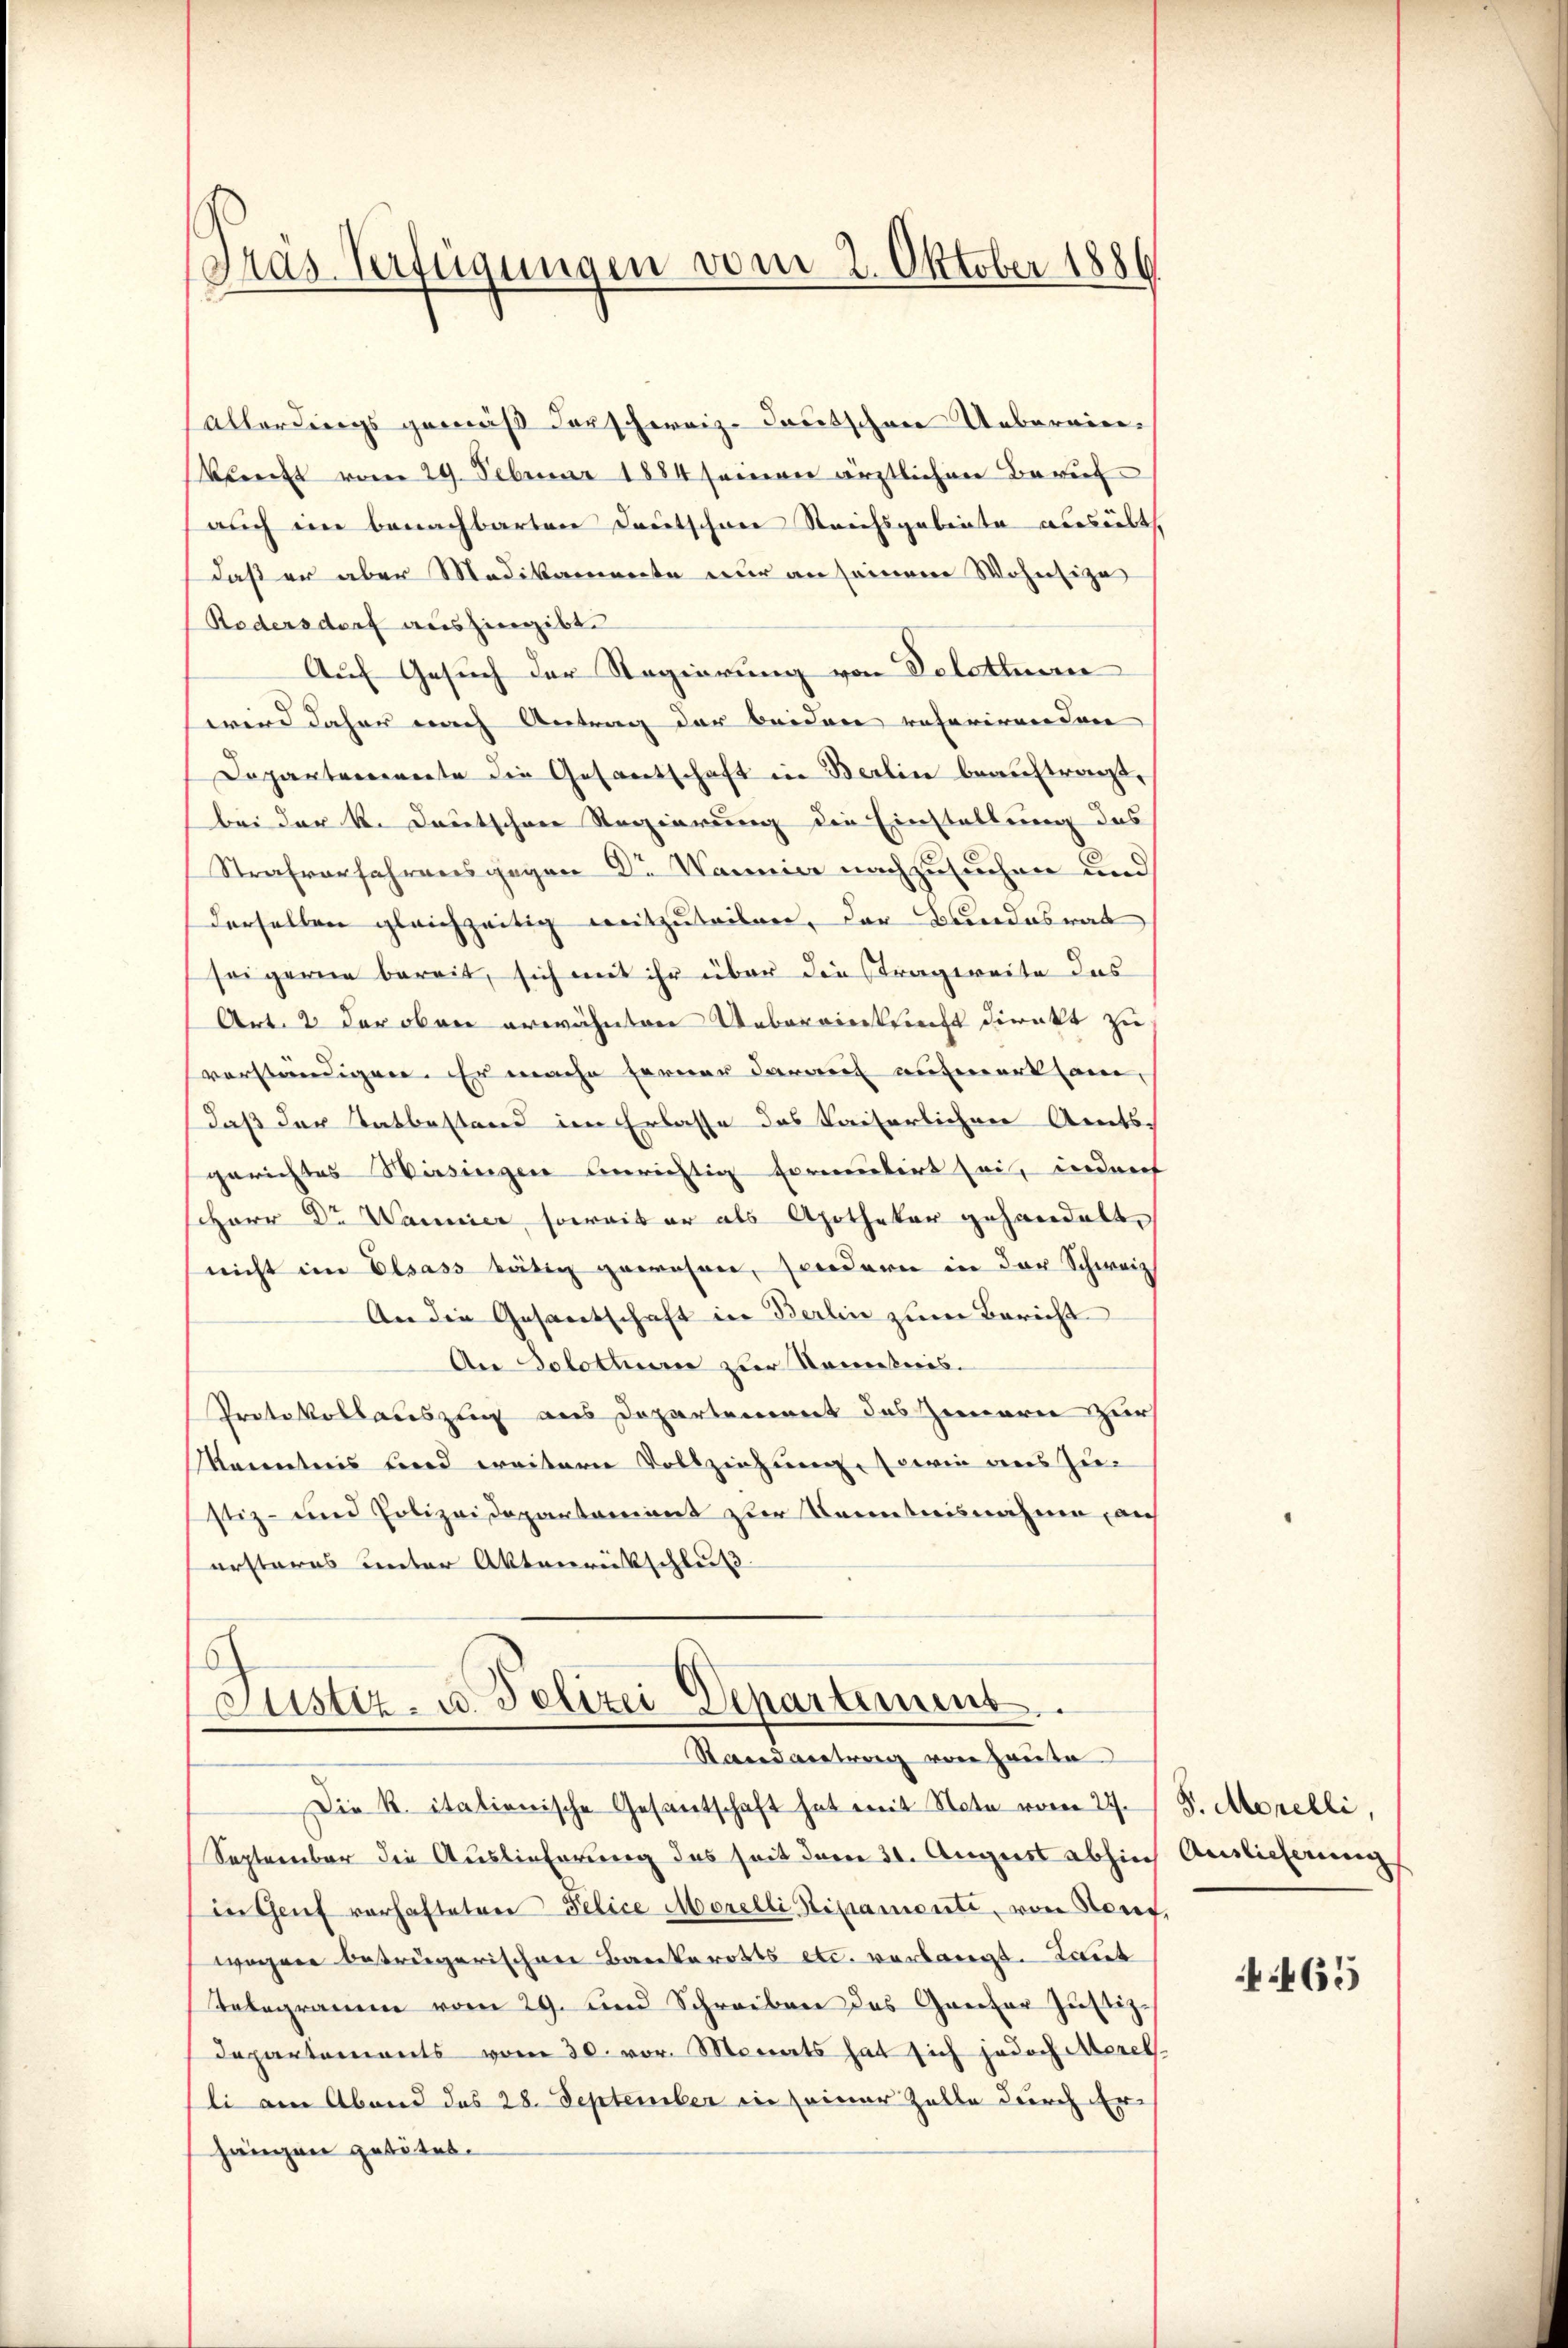
(Gras Verfügungen vom 2. Oktober 1886

(allerdings gemäß derschweize Jacotschen Uebereinklricht vom 29. Februar 1884 seinen ärztlichen Beruf
auch ein benachbarten Deutschene Streitsgabente ausübt.
daß er aber Medikamente nur an seinem Wohnsize
Radersdorf aushingibt.
Auf Gesuch der Regierung von Teletten
wird daher nach Antrag der beiden referirenden |
Dopantenerente die Gesamtschaft in Berlin beauftragt,
bei der k. Deutschen Regierung die Einstellung des
Strafverfahrens gegen Dr. Wannia nachzusuchen und
derselben gleichzeitig weitzuteilen, der Bundesrat
seigerne bereit, sich mit ihr über die Stragereite das
Art. 2 der oben erwähnten Uebereinkunft direkt zu
verständigen. Er mache ferner darauf aufmerksam,
daß der Tatbestand im Erlasse des Kaiserlichen Amts
gerichtes Wiesingen unrichtig formentirt sei, indent
Herr Dr. Warner, soweit er als Apothekar gehandelt,
nicht im Elsass tätig gewesen, sondern in der Schweiz
An die Gesantschaft in Berlin zum Bericht
An Solothur zur Nometnis.
Protokollauszlig aus Departement das Zimmerie zur
kanntens und weitern Vollziehung sowie des Zu-
stiz- und Polizeidepartement zur Kenntnisnahme, auf
ersteres unter Aktenrückschluß
6

Justiz- u. Polizei Departement.
Stand antrag von Haute

Die R. italienische Gesantschaft hat mit Note vom 27. J. J. Morelli,
September die Auslieferung des seit dem 31. August abhin Auslicherung
in Genf vorhafteten Felice Morelli Stipamente, von Senf,
wachen beträgerischen Bankerotts etc. verlangt. Laut
Telegramm vom 29. und Schreiben das Ganzer Justiz-
Departements vom 30. vor. Monats hat sich jedoch Merel
li am Abend des 28. September in seiner Zelle durch Er-
hängen getötet.

465